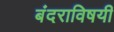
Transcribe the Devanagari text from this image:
बंदराविषयी